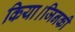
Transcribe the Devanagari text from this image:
किया।जिनकी